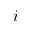
i